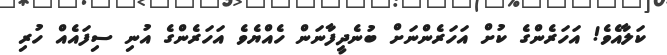
ކަލާއެވެ! އަހަރެންގެ ކުށް އަހަރެންނަށް ބުނެދީފާނަން ހެއްޔެވެ އަހަރެންގެ އުނި ސިފައެއް ހުރި